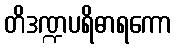
တိဒဏ္ဍပရိဓာရကော